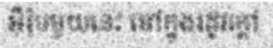
អ៊ឺរ៉ុបមួយនេះ នៅក្នុងរដូវក្តៅ